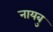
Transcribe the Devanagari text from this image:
नायबु